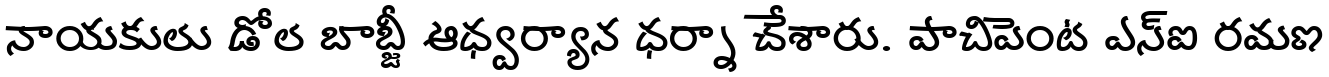
నాయకులు డోల బాబ్జీ ఆధ్వర్యాన ధర్నా చేశారు. పాచిపెంట ఎస్ఐ రమణ